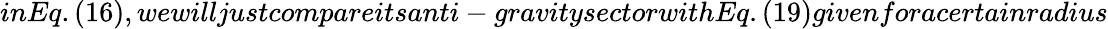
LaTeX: inEq.(16),wewilljustcompareitsanti-gravitysectorwithEq.(19)givenforacertainradius